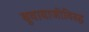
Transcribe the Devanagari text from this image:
बुवाबाजीविरुद्ध